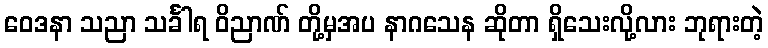
ဝေဒနာ သညာ သင်္ခါရ ဝိညာဏ် တို့မှအပ နာဂသေန ဆိုတာ ရှိသေးလို့လား ဘုရားတဲ့